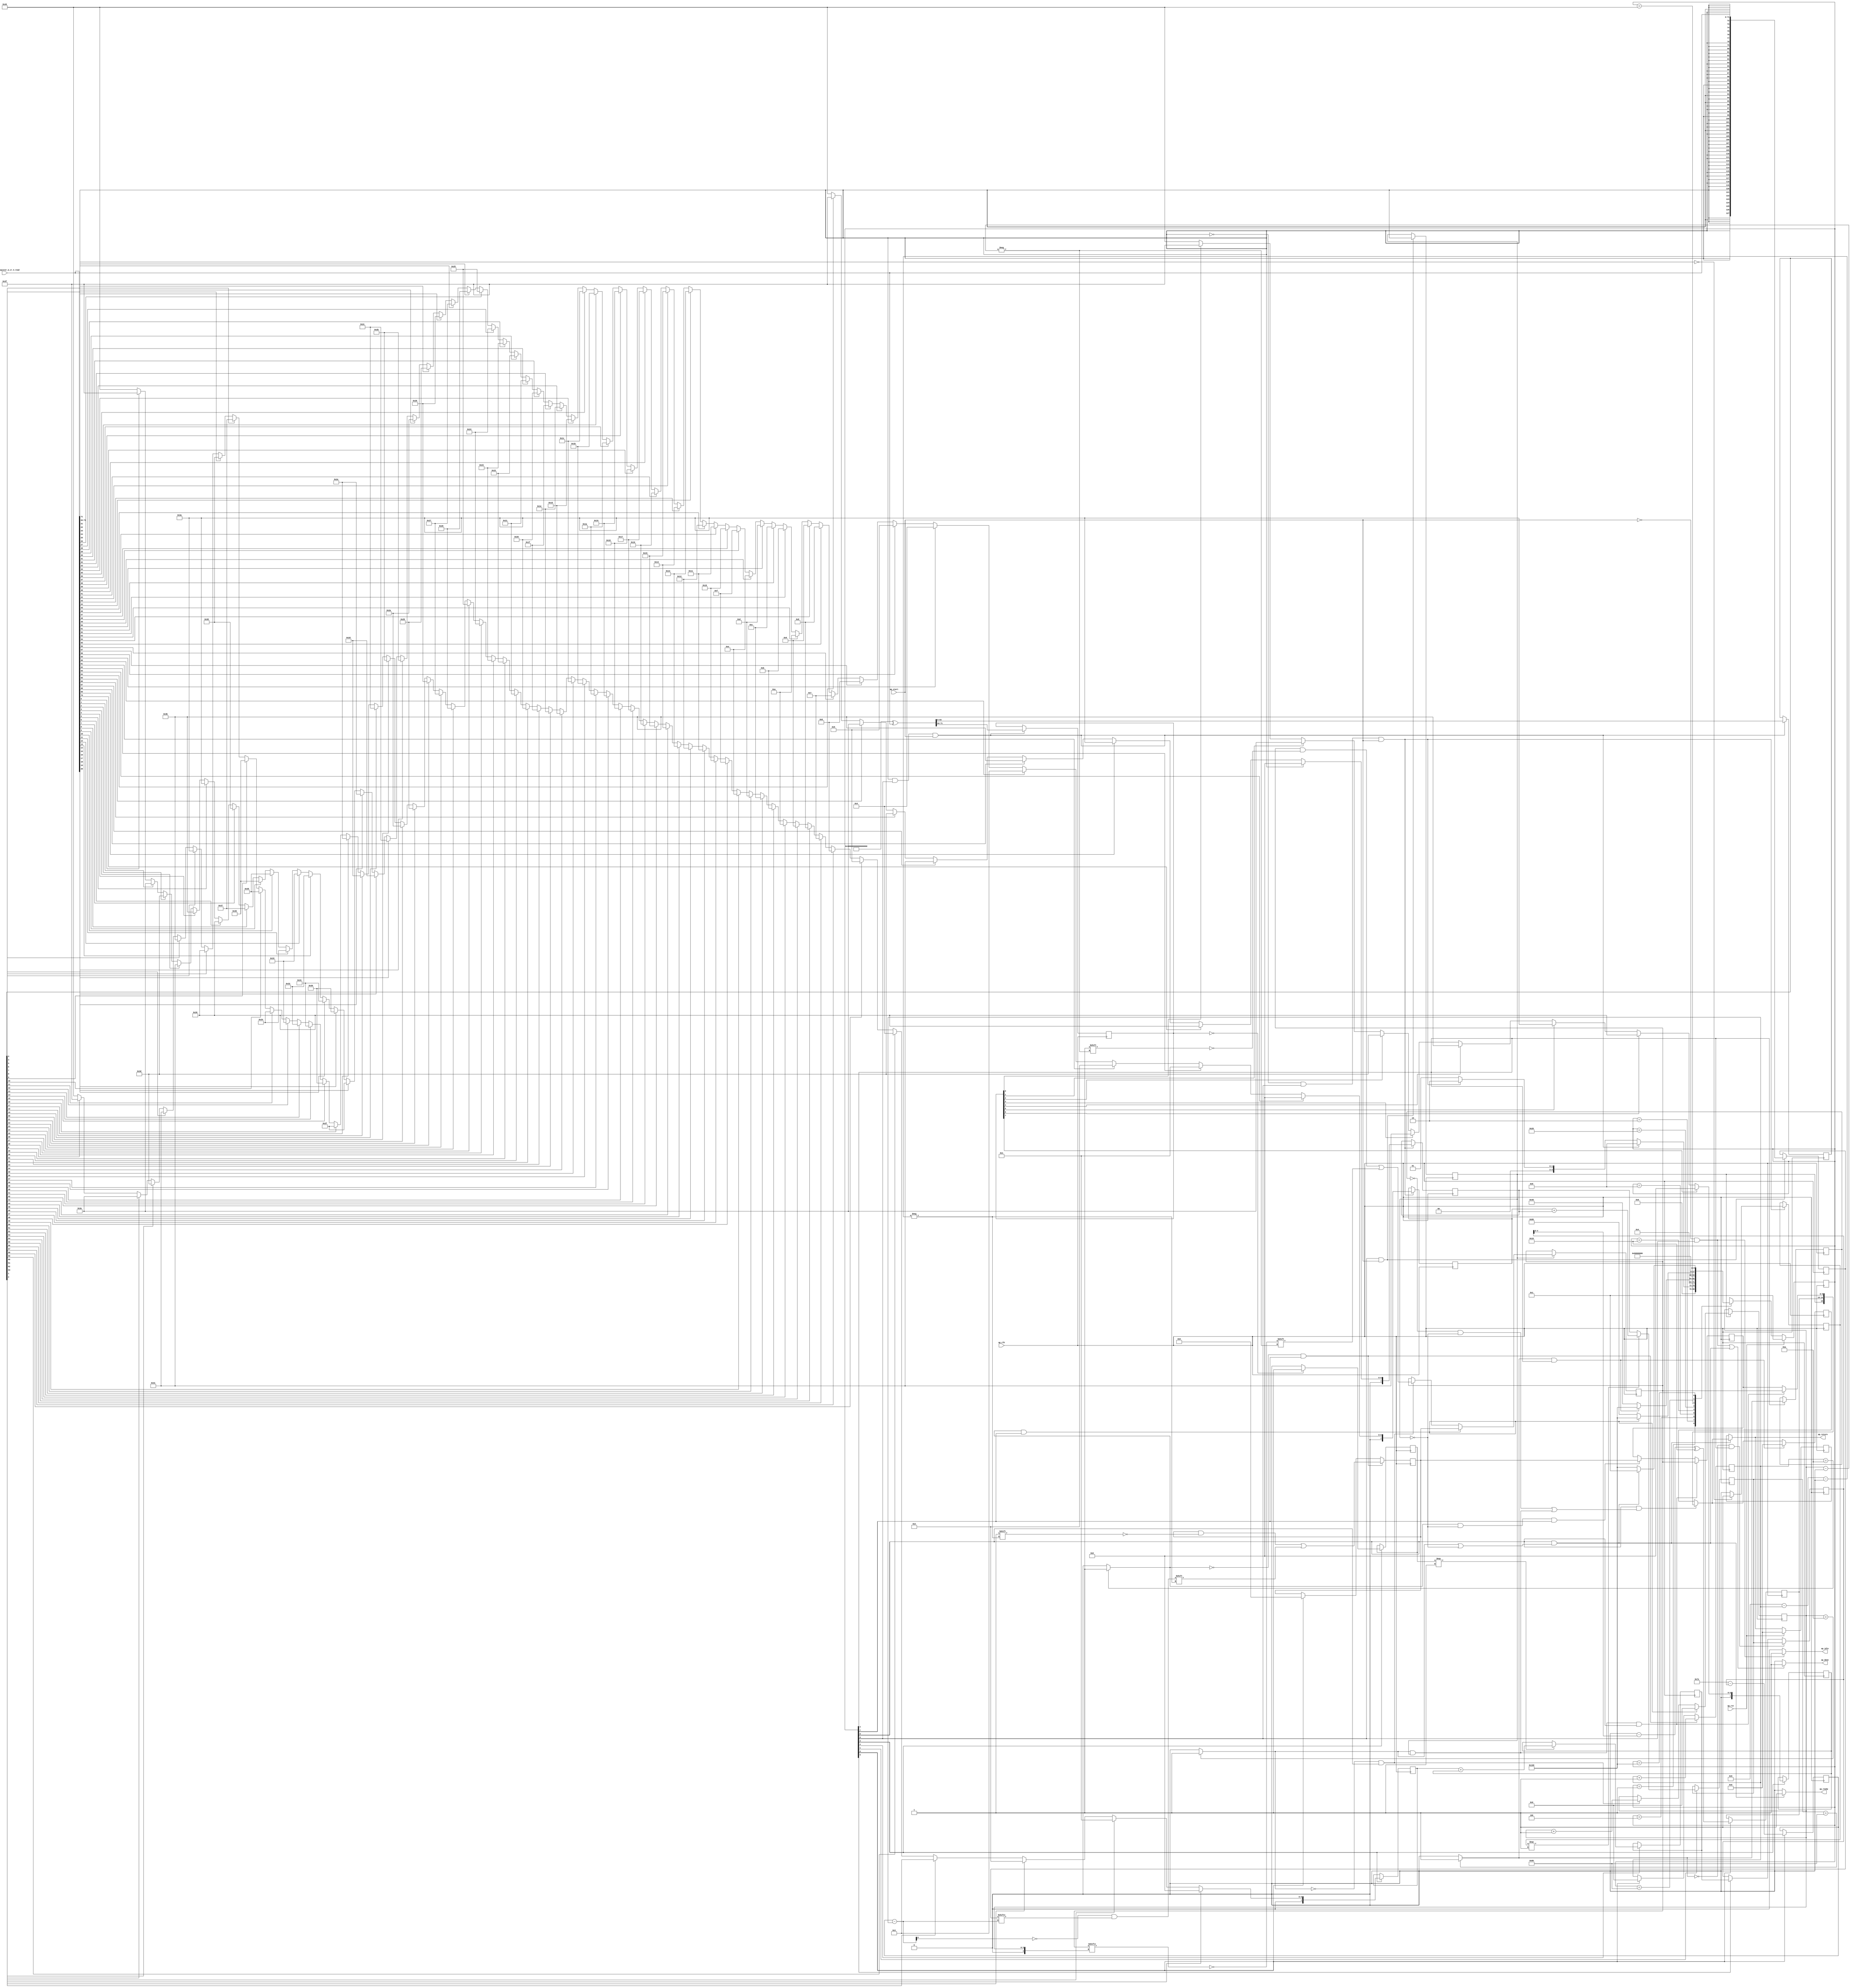
// ==============================================================
// RTL generated by Vivado(TM) HLS - High-Level Synthesis from C, C++ and SystemC
// Version: 2017.4
// Copyright (C) 1986-2017 Xilinx, Inc. All Rights Reserved.
// 
// ===========================================================

`timescale 1 ns / 1 ps 

module get_result (
        ap_clk,
        ap_rst,
        ap_start,
        ap_done,
        ap_idle,
        ap_ready,
        CompleteRegister_m_cr_V_read,
        ap_return
);

parameter    ap_ST_fsm_state1 = 9'd1;
parameter    ap_ST_fsm_state2 = 9'd2;
parameter    ap_ST_fsm_state3 = 9'd4;
parameter    ap_ST_fsm_state4 = 9'd8;
parameter    ap_ST_fsm_state5 = 9'd16;
parameter    ap_ST_fsm_state6 = 9'd32;
parameter    ap_ST_fsm_state7 = 9'd64;
parameter    ap_ST_fsm_state8 = 9'd128;
parameter    ap_ST_fsm_state9 = 9'd256;

input   ap_clk;
input   ap_rst;
input   ap_start;
output   ap_done;
output   ap_idle;
output   ap_ready;
input  [71:0] CompleteRegister_m_cr_V_read;
output  [15:0] ap_return;

reg ap_done;
reg ap_idle;
reg ap_ready;
reg[15:0] ap_return;

(* fsm_encoding = "none" *) reg   [8:0] ap_CS_fsm;
wire    ap_CS_fsm_state1;
wire  signed [127:0] CompleteRegister_m_c_fu_143_p1;
reg  signed [127:0] CompleteRegister_m_c_reg_434;
wire   [0:0] p_Repl2_4_fu_147_p3;
reg   [0:0] p_Repl2_4_reg_439;
wire   [0:0] tmp_11_fu_177_p2;
reg   [0:0] tmp_11_reg_444;
wire   [7:0] tmp_14_fu_195_p1;
reg   [7:0] tmp_14_reg_449;
wire   [7:0] tmp_15_fu_199_p1;
reg   [7:0] tmp_15_reg_454;
reg   [7:0] tmp_reg_460;
wire   [63:0] p_Result_s_7_fu_219_p1;
reg   [63:0] p_Result_s_7_reg_466;
wire   [7:0] leading_signs_V_1_fu_227_p3;
reg   [7:0] leading_signs_V_1_reg_471;
wire    ap_CS_fsm_state2;
wire   [0:0] tmp_4_fu_233_p2;
reg   [0:0] tmp_4_reg_477;
wire    ap_CS_fsm_state3;
wire   [0:0] tmp_3_fu_249_p2;
reg   [0:0] tmp_3_reg_481;
wire    ap_CS_fsm_state4;
wire   [7:0] tmp_8_fu_261_p1;
reg   [7:0] tmp_8_reg_486;
wire   [7:0] tmp_9_fu_265_p1;
reg   [7:0] tmp_9_reg_491;
wire   [7:0] leading_signs_V_fu_273_p3;
reg   [7:0] leading_signs_V_reg_497;
wire    ap_CS_fsm_state5;
wire   [4:0] exponent_V_fu_289_p2;
reg   [4:0] exponent_V_reg_502;
wire    ap_CS_fsm_state7;
wire   [8:0] addconv_fu_299_p2;
reg   [8:0] addconv_reg_507;
wire   [3:0] i_fu_315_p2;
wire    ap_CS_fsm_state8;
reg   [9:0] mantissa_V_fu_371_p4;
wire   [0:0] exitcond1_fu_309_p2;
wire   [3:0] i_1_fu_391_p2;
wire    ap_CS_fsm_state9;
reg   [9:0] p_Result_3_fu_415_p4;
wire   [0:0] exitcond_fu_385_p2;
reg   [7:0] p_s_reg_68;
wire    ap_CS_fsm_state6;
reg   [9:0] p_Val2_2_reg_77;
reg   [3:0] i_op_assign_reg_89;
reg   [9:0] p_Val2_1_reg_100;
reg   [3:0] bvh_d_index_2_reg_110;
reg   [9:0] ap_phi_mux_p_Repl2_s_phi_fu_124_p4;
reg   [9:0] p_Repl2_s_reg_121;
wire   [15:0] p_Result_4_fu_425_p4;
reg   [15:0] ap_phi_mux_agg_result_V_phi_fu_136_p4;
reg   [15:0] agg_result_V_reg_132;
wire   [7:0] tmp_7_fu_155_p4;
wire  signed [63:0] p_Result_1_fu_165_p1;
wire   [63:0] p_Result_2_fu_183_p1;
reg   [63:0] tmp_2_fu_187_p3;
reg   [63:0] tmp_10_fu_169_p3;
wire   [71:0] flipped_V_fu_203_p2;
wire   [7:0] tmp_13_fu_223_p2;
wire  signed [63:0] p_Result_s_fu_238_p1;
reg   [63:0] tmp_s_fu_254_p3;
reg   [63:0] tmp_1_fu_241_p3;
wire   [7:0] tmp_5_fu_269_p2;
wire   [4:0] tmp_16_fu_279_p1;
wire   [4:0] tmp_6_fu_283_p2;
wire   [8:0] rhs_V_cast_fu_295_p1;
wire   [8:0] i_op_assign_cast3_fu_305_p1;
wire   [8:0] r_V_fu_321_p2;
wire   [0:0] tmp_17_fu_326_p3;
wire   [3:0] bvh_d_index_fu_340_p2;
wire  signed [31:0] index_assign_1_cast_fu_350_p1;
wire   [0:0] p_Repl2_1_fu_354_p3;
wire   [0:0] rev_fu_334_p2;
wire   [0:0] tmp_18_fu_361_p2;
wire   [31:0] index_assign_cast_fu_346_p1;
wire   [63:0] tmp_18_cast_fu_367_p1;
wire   [31:0] index_assign_2_cast1_fu_381_p1;
wire   [0:0] tmp_21_fu_397_p3;
wire   [0:0] tmp_12_fu_405_p2;
wire   [63:0] p_Repl2_2_fu_411_p1;
reg   [15:0] ap_return_preg;
reg   [8:0] ap_NS_fsm;

// power-on initialization
initial begin
#0 ap_CS_fsm = 9'd1;
#0 ap_return_preg = 16'd0;
end

always @ (posedge ap_clk) begin
    if (ap_rst == 1'b1) begin
        ap_CS_fsm <= ap_ST_fsm_state1;
    end else begin
        ap_CS_fsm <= ap_NS_fsm;
    end
end

always @ (posedge ap_clk) begin
    if (ap_rst == 1'b1) begin
        ap_return_preg <= 16'd0;
    end else begin
        if (((1'b1 == ap_CS_fsm_state9) & ((exitcond_fu_385_p2 == 1'd1) | (p_Repl2_4_reg_439 == 1'd0)))) begin
            ap_return_preg <= ap_phi_mux_agg_result_V_phi_fu_136_p4;
        end
    end
end

always @ (posedge ap_clk) begin
    if (((tmp_4_fu_233_p2 == 1'd1) & (1'b1 == ap_CS_fsm_state3))) begin
        agg_result_V_reg_132 <= 16'd0;
    end else if (((1'b1 == ap_CS_fsm_state9) & (((tmp_4_reg_477 == 1'd0) & (p_Repl2_4_reg_439 == 1'd0)) | ((exitcond_fu_385_p2 == 1'd1) & (p_Repl2_4_reg_439 == 1'd1))))) begin
        agg_result_V_reg_132 <= p_Result_4_fu_425_p4;
    end
end

always @ (posedge ap_clk) begin
    if ((p_Repl2_4_reg_439 == 1'd1)) begin
        if (((exitcond1_fu_309_p2 == 1'd1) & (1'b1 == ap_CS_fsm_state8))) begin
            bvh_d_index_2_reg_110 <= 4'd0;
        end else if (((exitcond_fu_385_p2 == 1'd0) & (1'b1 == ap_CS_fsm_state9))) begin
            bvh_d_index_2_reg_110 <= i_1_fu_391_p2;
        end
    end
end

always @ (posedge ap_clk) begin
    if (((exitcond1_fu_309_p2 == 1'd0) & (1'b1 == ap_CS_fsm_state8))) begin
        i_op_assign_reg_89 <= i_fu_315_p2;
    end else if ((1'b1 == ap_CS_fsm_state7)) begin
        i_op_assign_reg_89 <= 4'd0;
    end
end

always @ (posedge ap_clk) begin
    if (((exitcond_fu_385_p2 == 1'd1) & (p_Repl2_4_reg_439 == 1'd1) & (1'b1 == ap_CS_fsm_state9))) begin
        p_Repl2_s_reg_121 <= p_Val2_1_reg_100;
    end else if (((exitcond1_fu_309_p2 == 1'd1) & (p_Repl2_4_reg_439 == 1'd0) & (1'b1 == ap_CS_fsm_state8))) begin
        p_Repl2_s_reg_121 <= p_Val2_2_reg_77;
    end
end

always @ (posedge ap_clk) begin
    if ((p_Repl2_4_reg_439 == 1'd1)) begin
        if (((exitcond1_fu_309_p2 == 1'd1) & (1'b1 == ap_CS_fsm_state8))) begin
            p_Val2_1_reg_100 <= p_Val2_2_reg_77;
        end else if (((exitcond_fu_385_p2 == 1'd0) & (1'b1 == ap_CS_fsm_state9))) begin
            p_Val2_1_reg_100 <= p_Result_3_fu_415_p4;
        end
    end
end

always @ (posedge ap_clk) begin
    if (((exitcond1_fu_309_p2 == 1'd0) & (1'b1 == ap_CS_fsm_state8))) begin
        p_Val2_2_reg_77 <= mantissa_V_fu_371_p4;
    end else if ((1'b1 == ap_CS_fsm_state7)) begin
        p_Val2_2_reg_77 <= 10'd0;
    end
end

always @ (posedge ap_clk) begin
    if (((tmp_4_fu_233_p2 == 1'd0) & (1'b1 == ap_CS_fsm_state3))) begin
        p_s_reg_68 <= leading_signs_V_1_reg_471;
    end else if ((1'b1 == ap_CS_fsm_state6)) begin
        p_s_reg_68 <= leading_signs_V_reg_497;
    end
end

always @ (posedge ap_clk) begin
    if (((1'b1 == ap_CS_fsm_state1) & (ap_start == 1'b1))) begin
        CompleteRegister_m_c_reg_434 <= CompleteRegister_m_c_fu_143_p1;
        p_Repl2_4_reg_439 <= CompleteRegister_m_cr_V_read[32'd71];
    end
end

always @ (posedge ap_clk) begin
    if ((1'b1 == ap_CS_fsm_state7)) begin
        addconv_reg_507 <= addconv_fu_299_p2;
        exponent_V_reg_502 <= exponent_V_fu_289_p2;
    end
end

always @ (posedge ap_clk) begin
    if ((1'b1 == ap_CS_fsm_state2)) begin
        leading_signs_V_1_reg_471 <= leading_signs_V_1_fu_227_p3;
    end
end

always @ (posedge ap_clk) begin
    if ((1'b1 == ap_CS_fsm_state5)) begin
        leading_signs_V_reg_497 <= leading_signs_V_fu_273_p3;
    end
end

always @ (posedge ap_clk) begin
    if (((p_Repl2_4_fu_147_p3 == 1'd1) & (1'b1 == ap_CS_fsm_state1) & (ap_start == 1'b1))) begin
        p_Result_s_7_reg_466 <= p_Result_s_7_fu_219_p1;
        tmp_reg_460 <= {{flipped_V_fu_203_p2[71:64]}};
    end
end

always @ (posedge ap_clk) begin
    if (((p_Repl2_4_fu_147_p3 == 1'd0) & (1'b1 == ap_CS_fsm_state1) & (ap_start == 1'b1))) begin
        tmp_11_reg_444 <= tmp_11_fu_177_p2;
        tmp_14_reg_449 <= tmp_14_fu_195_p1;
        tmp_15_reg_454 <= tmp_15_fu_199_p1;
    end
end

always @ (posedge ap_clk) begin
    if ((1'b1 == ap_CS_fsm_state4)) begin
        tmp_3_reg_481 <= tmp_3_fu_249_p2;
        tmp_8_reg_486 <= tmp_8_fu_261_p1;
        tmp_9_reg_491 <= tmp_9_fu_265_p1;
    end
end

always @ (posedge ap_clk) begin
    if ((1'b1 == ap_CS_fsm_state3)) begin
        tmp_4_reg_477 <= tmp_4_fu_233_p2;
    end
end

always @ (*) begin
    if ((((ap_start == 1'b0) & (1'b1 == ap_CS_fsm_state1)) | ((1'b1 == ap_CS_fsm_state9) & ((exitcond_fu_385_p2 == 1'd1) | (p_Repl2_4_reg_439 == 1'd0))))) begin
        ap_done = 1'b1;
    end else begin
        ap_done = 1'b0;
    end
end

always @ (*) begin
    if (((ap_start == 1'b0) & (1'b1 == ap_CS_fsm_state1))) begin
        ap_idle = 1'b1;
    end else begin
        ap_idle = 1'b0;
    end
end

always @ (*) begin
    if (((1'b1 == ap_CS_fsm_state9) & (((tmp_4_reg_477 == 1'd0) & (p_Repl2_4_reg_439 == 1'd0)) | ((exitcond_fu_385_p2 == 1'd1) & (p_Repl2_4_reg_439 == 1'd1))))) begin
        ap_phi_mux_agg_result_V_phi_fu_136_p4 = p_Result_4_fu_425_p4;
    end else begin
        ap_phi_mux_agg_result_V_phi_fu_136_p4 = agg_result_V_reg_132;
    end
end

always @ (*) begin
    if (((exitcond_fu_385_p2 == 1'd1) & (p_Repl2_4_reg_439 == 1'd1) & (1'b1 == ap_CS_fsm_state9))) begin
        ap_phi_mux_p_Repl2_s_phi_fu_124_p4 = p_Val2_1_reg_100;
    end else begin
        ap_phi_mux_p_Repl2_s_phi_fu_124_p4 = p_Repl2_s_reg_121;
    end
end

always @ (*) begin
    if (((1'b1 == ap_CS_fsm_state9) & ((exitcond_fu_385_p2 == 1'd1) | (p_Repl2_4_reg_439 == 1'd0)))) begin
        ap_ready = 1'b1;
    end else begin
        ap_ready = 1'b0;
    end
end

always @ (*) begin
    if (((1'b1 == ap_CS_fsm_state9) & ((exitcond_fu_385_p2 == 1'd1) | (p_Repl2_4_reg_439 == 1'd0)))) begin
        ap_return = ap_phi_mux_agg_result_V_phi_fu_136_p4;
    end else begin
        ap_return = ap_return_preg;
    end
end

always @ (*) begin
    case (ap_CS_fsm)
        ap_ST_fsm_state1 : begin
            if (((p_Repl2_4_fu_147_p3 == 1'd1) & (1'b1 == ap_CS_fsm_state1) & (ap_start == 1'b1))) begin
                ap_NS_fsm = ap_ST_fsm_state4;
            end else if (((p_Repl2_4_fu_147_p3 == 1'd0) & (1'b1 == ap_CS_fsm_state1) & (ap_start == 1'b1))) begin
                ap_NS_fsm = ap_ST_fsm_state2;
            end else begin
                ap_NS_fsm = ap_ST_fsm_state1;
            end
        end
        ap_ST_fsm_state2 : begin
            ap_NS_fsm = ap_ST_fsm_state3;
        end
        ap_ST_fsm_state3 : begin
            if (((tmp_4_fu_233_p2 == 1'd1) & (1'b1 == ap_CS_fsm_state3))) begin
                ap_NS_fsm = ap_ST_fsm_state9;
            end else begin
                ap_NS_fsm = ap_ST_fsm_state7;
            end
        end
        ap_ST_fsm_state4 : begin
            ap_NS_fsm = ap_ST_fsm_state5;
        end
        ap_ST_fsm_state5 : begin
            ap_NS_fsm = ap_ST_fsm_state6;
        end
        ap_ST_fsm_state6 : begin
            ap_NS_fsm = ap_ST_fsm_state7;
        end
        ap_ST_fsm_state7 : begin
            ap_NS_fsm = ap_ST_fsm_state8;
        end
        ap_ST_fsm_state8 : begin
            if (((exitcond1_fu_309_p2 == 1'd1) & (1'b1 == ap_CS_fsm_state8))) begin
                ap_NS_fsm = ap_ST_fsm_state9;
            end else begin
                ap_NS_fsm = ap_ST_fsm_state8;
            end
        end
        ap_ST_fsm_state9 : begin
            if (((1'b1 == ap_CS_fsm_state9) & ((exitcond_fu_385_p2 == 1'd1) | (p_Repl2_4_reg_439 == 1'd0)))) begin
                ap_NS_fsm = ap_ST_fsm_state1;
            end else begin
                ap_NS_fsm = ap_ST_fsm_state9;
            end
        end
        default : begin
            ap_NS_fsm = 'bx;
        end
    endcase
end

assign CompleteRegister_m_c_fu_143_p1 = $signed(CompleteRegister_m_cr_V_read);

assign addconv_fu_299_p2 = (9'd126 - rhs_V_cast_fu_295_p1);

assign ap_CS_fsm_state1 = ap_CS_fsm[32'd0];

assign ap_CS_fsm_state2 = ap_CS_fsm[32'd1];

assign ap_CS_fsm_state3 = ap_CS_fsm[32'd2];

assign ap_CS_fsm_state4 = ap_CS_fsm[32'd3];

assign ap_CS_fsm_state5 = ap_CS_fsm[32'd4];

assign ap_CS_fsm_state6 = ap_CS_fsm[32'd5];

assign ap_CS_fsm_state7 = ap_CS_fsm[32'd6];

assign ap_CS_fsm_state8 = ap_CS_fsm[32'd7];

assign ap_CS_fsm_state9 = ap_CS_fsm[32'd8];

assign bvh_d_index_fu_340_p2 = ($signed(4'd9) - $signed(i_op_assign_reg_89));

assign exitcond1_fu_309_p2 = ((i_op_assign_reg_89 == 4'd10) ? 1'b1 : 1'b0);

assign exitcond_fu_385_p2 = ((bvh_d_index_2_reg_110 == 4'd10) ? 1'b1 : 1'b0);

assign exponent_V_fu_289_p2 = (tmp_6_fu_283_p2 ^ 5'd16);

assign flipped_V_fu_203_p2 = (72'd4722366482869645213695 ^ CompleteRegister_m_cr_V_read);

assign i_1_fu_391_p2 = (bvh_d_index_2_reg_110 + 4'd1);

assign i_fu_315_p2 = (i_op_assign_reg_89 + 4'd1);

assign i_op_assign_cast3_fu_305_p1 = i_op_assign_reg_89;

assign index_assign_1_cast_fu_350_p1 = $signed(r_V_fu_321_p2);

assign index_assign_2_cast1_fu_381_p1 = bvh_d_index_2_reg_110;

assign index_assign_cast_fu_346_p1 = bvh_d_index_fu_340_p2;

assign leading_signs_V_1_fu_227_p3 = ((tmp_11_reg_444[0:0] === 1'b1) ? tmp_13_fu_223_p2 : tmp_15_reg_454);

assign leading_signs_V_fu_273_p3 = ((tmp_3_reg_481[0:0] === 1'b1) ? tmp_5_fu_269_p2 : tmp_9_reg_491);

always @ (*) begin
    mantissa_V_fu_371_p4 = p_Val2_2_reg_77;
    mantissa_V_fu_371_p4[index_assign_cast_fu_346_p1] = |(tmp_18_cast_fu_367_p1);
end

assign p_Repl2_1_fu_354_p3 = CompleteRegister_m_c_reg_434[index_assign_1_cast_fu_350_p1];

assign p_Repl2_2_fu_411_p1 = tmp_12_fu_405_p2;

assign p_Repl2_4_fu_147_p3 = CompleteRegister_m_cr_V_read[32'd71];

assign p_Result_1_fu_165_p1 = $signed(tmp_7_fu_155_p4);

assign p_Result_2_fu_183_p1 = CompleteRegister_m_cr_V_read[63:0];

always @ (*) begin
    p_Result_3_fu_415_p4 = p_Val2_1_reg_100;
    p_Result_3_fu_415_p4[index_assign_2_cast1_fu_381_p1] = |(p_Repl2_2_fu_411_p1);
end

assign p_Result_4_fu_425_p4 = {{{p_Repl2_4_reg_439}, {exponent_V_reg_502}}, {ap_phi_mux_p_Repl2_s_phi_fu_124_p4}};

assign p_Result_s_7_fu_219_p1 = flipped_V_fu_203_p2[63:0];

assign p_Result_s_fu_238_p1 = $signed(tmp_reg_460);

assign r_V_fu_321_p2 = (addconv_reg_507 - i_op_assign_cast3_fu_305_p1);

assign rev_fu_334_p2 = (tmp_17_fu_326_p3 ^ 1'd1);

assign rhs_V_cast_fu_295_p1 = p_s_reg_68;

always @ (p_Result_1_fu_165_p1) begin
    if (p_Result_1_fu_165_p1[63] == 1'b1) begin
        tmp_10_fu_169_p3 = 64'd0;
    end else if (p_Result_1_fu_165_p1[62] == 1'b1) begin
        tmp_10_fu_169_p3 = 64'd1;
    end else if (p_Result_1_fu_165_p1[61] == 1'b1) begin
        tmp_10_fu_169_p3 = 64'd2;
    end else if (p_Result_1_fu_165_p1[60] == 1'b1) begin
        tmp_10_fu_169_p3 = 64'd3;
    end else if (p_Result_1_fu_165_p1[59] == 1'b1) begin
        tmp_10_fu_169_p3 = 64'd4;
    end else if (p_Result_1_fu_165_p1[58] == 1'b1) begin
        tmp_10_fu_169_p3 = 64'd5;
    end else if (p_Result_1_fu_165_p1[57] == 1'b1) begin
        tmp_10_fu_169_p3 = 64'd6;
    end else if (p_Result_1_fu_165_p1[56] == 1'b1) begin
        tmp_10_fu_169_p3 = 64'd7;
    end else if (p_Result_1_fu_165_p1[55] == 1'b1) begin
        tmp_10_fu_169_p3 = 64'd8;
    end else if (p_Result_1_fu_165_p1[54] == 1'b1) begin
        tmp_10_fu_169_p3 = 64'd9;
    end else if (p_Result_1_fu_165_p1[53] == 1'b1) begin
        tmp_10_fu_169_p3 = 64'd10;
    end else if (p_Result_1_fu_165_p1[52] == 1'b1) begin
        tmp_10_fu_169_p3 = 64'd11;
    end else if (p_Result_1_fu_165_p1[51] == 1'b1) begin
        tmp_10_fu_169_p3 = 64'd12;
    end else if (p_Result_1_fu_165_p1[50] == 1'b1) begin
        tmp_10_fu_169_p3 = 64'd13;
    end else if (p_Result_1_fu_165_p1[49] == 1'b1) begin
        tmp_10_fu_169_p3 = 64'd14;
    end else if (p_Result_1_fu_165_p1[48] == 1'b1) begin
        tmp_10_fu_169_p3 = 64'd15;
    end else if (p_Result_1_fu_165_p1[47] == 1'b1) begin
        tmp_10_fu_169_p3 = 64'd16;
    end else if (p_Result_1_fu_165_p1[46] == 1'b1) begin
        tmp_10_fu_169_p3 = 64'd17;
    end else if (p_Result_1_fu_165_p1[45] == 1'b1) begin
        tmp_10_fu_169_p3 = 64'd18;
    end else if (p_Result_1_fu_165_p1[44] == 1'b1) begin
        tmp_10_fu_169_p3 = 64'd19;
    end else if (p_Result_1_fu_165_p1[43] == 1'b1) begin
        tmp_10_fu_169_p3 = 64'd20;
    end else if (p_Result_1_fu_165_p1[42] == 1'b1) begin
        tmp_10_fu_169_p3 = 64'd21;
    end else if (p_Result_1_fu_165_p1[41] == 1'b1) begin
        tmp_10_fu_169_p3 = 64'd22;
    end else if (p_Result_1_fu_165_p1[40] == 1'b1) begin
        tmp_10_fu_169_p3 = 64'd23;
    end else if (p_Result_1_fu_165_p1[39] == 1'b1) begin
        tmp_10_fu_169_p3 = 64'd24;
    end else if (p_Result_1_fu_165_p1[38] == 1'b1) begin
        tmp_10_fu_169_p3 = 64'd25;
    end else if (p_Result_1_fu_165_p1[37] == 1'b1) begin
        tmp_10_fu_169_p3 = 64'd26;
    end else if (p_Result_1_fu_165_p1[36] == 1'b1) begin
        tmp_10_fu_169_p3 = 64'd27;
    end else if (p_Result_1_fu_165_p1[35] == 1'b1) begin
        tmp_10_fu_169_p3 = 64'd28;
    end else if (p_Result_1_fu_165_p1[34] == 1'b1) begin
        tmp_10_fu_169_p3 = 64'd29;
    end else if (p_Result_1_fu_165_p1[33] == 1'b1) begin
        tmp_10_fu_169_p3 = 64'd30;
    end else if (p_Result_1_fu_165_p1[32] == 1'b1) begin
        tmp_10_fu_169_p3 = 64'd31;
    end else if (p_Result_1_fu_165_p1[31] == 1'b1) begin
        tmp_10_fu_169_p3 = 64'd32;
    end else if (p_Result_1_fu_165_p1[30] == 1'b1) begin
        tmp_10_fu_169_p3 = 64'd33;
    end else if (p_Result_1_fu_165_p1[29] == 1'b1) begin
        tmp_10_fu_169_p3 = 64'd34;
    end else if (p_Result_1_fu_165_p1[28] == 1'b1) begin
        tmp_10_fu_169_p3 = 64'd35;
    end else if (p_Result_1_fu_165_p1[27] == 1'b1) begin
        tmp_10_fu_169_p3 = 64'd36;
    end else if (p_Result_1_fu_165_p1[26] == 1'b1) begin
        tmp_10_fu_169_p3 = 64'd37;
    end else if (p_Result_1_fu_165_p1[25] == 1'b1) begin
        tmp_10_fu_169_p3 = 64'd38;
    end else if (p_Result_1_fu_165_p1[24] == 1'b1) begin
        tmp_10_fu_169_p3 = 64'd39;
    end else if (p_Result_1_fu_165_p1[23] == 1'b1) begin
        tmp_10_fu_169_p3 = 64'd40;
    end else if (p_Result_1_fu_165_p1[22] == 1'b1) begin
        tmp_10_fu_169_p3 = 64'd41;
    end else if (p_Result_1_fu_165_p1[21] == 1'b1) begin
        tmp_10_fu_169_p3 = 64'd42;
    end else if (p_Result_1_fu_165_p1[20] == 1'b1) begin
        tmp_10_fu_169_p3 = 64'd43;
    end else if (p_Result_1_fu_165_p1[19] == 1'b1) begin
        tmp_10_fu_169_p3 = 64'd44;
    end else if (p_Result_1_fu_165_p1[18] == 1'b1) begin
        tmp_10_fu_169_p3 = 64'd45;
    end else if (p_Result_1_fu_165_p1[17] == 1'b1) begin
        tmp_10_fu_169_p3 = 64'd46;
    end else if (p_Result_1_fu_165_p1[16] == 1'b1) begin
        tmp_10_fu_169_p3 = 64'd47;
    end else if (p_Result_1_fu_165_p1[15] == 1'b1) begin
        tmp_10_fu_169_p3 = 64'd48;
    end else if (p_Result_1_fu_165_p1[14] == 1'b1) begin
        tmp_10_fu_169_p3 = 64'd49;
    end else if (p_Result_1_fu_165_p1[13] == 1'b1) begin
        tmp_10_fu_169_p3 = 64'd50;
    end else if (p_Result_1_fu_165_p1[12] == 1'b1) begin
        tmp_10_fu_169_p3 = 64'd51;
    end else if (p_Result_1_fu_165_p1[11] == 1'b1) begin
        tmp_10_fu_169_p3 = 64'd52;
    end else if (p_Result_1_fu_165_p1[10] == 1'b1) begin
        tmp_10_fu_169_p3 = 64'd53;
    end else if (p_Result_1_fu_165_p1[9] == 1'b1) begin
        tmp_10_fu_169_p3 = 64'd54;
    end else if (p_Result_1_fu_165_p1[8] == 1'b1) begin
        tmp_10_fu_169_p3 = 64'd55;
    end else if (p_Result_1_fu_165_p1[7] == 1'b1) begin
        tmp_10_fu_169_p3 = 64'd56;
    end else if (p_Result_1_fu_165_p1[6] == 1'b1) begin
        tmp_10_fu_169_p3 = 64'd57;
    end else if (p_Result_1_fu_165_p1[5] == 1'b1) begin
        tmp_10_fu_169_p3 = 64'd58;
    end else if (p_Result_1_fu_165_p1[4] == 1'b1) begin
        tmp_10_fu_169_p3 = 64'd59;
    end else if (p_Result_1_fu_165_p1[3] == 1'b1) begin
        tmp_10_fu_169_p3 = 64'd60;
    end else if (p_Result_1_fu_165_p1[2] == 1'b1) begin
        tmp_10_fu_169_p3 = 64'd61;
    end else if (p_Result_1_fu_165_p1[1] == 1'b1) begin
        tmp_10_fu_169_p3 = 64'd62;
    end else if (p_Result_1_fu_165_p1[0] == 1'b1) begin
        tmp_10_fu_169_p3 = 64'd63;
    end else begin
        tmp_10_fu_169_p3 = 64'd64;
    end
end

assign tmp_11_fu_177_p2 = ((tmp_7_fu_155_p4 == 8'd0) ? 1'b1 : 1'b0);

assign tmp_12_fu_405_p2 = (tmp_21_fu_397_p3 ^ 1'd1);

assign tmp_13_fu_223_p2 = (tmp_14_reg_449 + tmp_15_reg_454);

assign tmp_14_fu_195_p1 = tmp_2_fu_187_p3[7:0];

assign tmp_15_fu_199_p1 = tmp_10_fu_169_p3[7:0];

assign tmp_16_fu_279_p1 = p_s_reg_68[4:0];

assign tmp_17_fu_326_p3 = r_V_fu_321_p2[32'd8];

assign tmp_18_cast_fu_367_p1 = tmp_18_fu_361_p2;

assign tmp_18_fu_361_p2 = (rev_fu_334_p2 & p_Repl2_1_fu_354_p3);

always @ (p_Result_s_fu_238_p1) begin
    if (p_Result_s_fu_238_p1[63] == 1'b1) begin
        tmp_1_fu_241_p3 = 64'd0;
    end else if (p_Result_s_fu_238_p1[62] == 1'b1) begin
        tmp_1_fu_241_p3 = 64'd1;
    end else if (p_Result_s_fu_238_p1[61] == 1'b1) begin
        tmp_1_fu_241_p3 = 64'd2;
    end else if (p_Result_s_fu_238_p1[60] == 1'b1) begin
        tmp_1_fu_241_p3 = 64'd3;
    end else if (p_Result_s_fu_238_p1[59] == 1'b1) begin
        tmp_1_fu_241_p3 = 64'd4;
    end else if (p_Result_s_fu_238_p1[58] == 1'b1) begin
        tmp_1_fu_241_p3 = 64'd5;
    end else if (p_Result_s_fu_238_p1[57] == 1'b1) begin
        tmp_1_fu_241_p3 = 64'd6;
    end else if (p_Result_s_fu_238_p1[56] == 1'b1) begin
        tmp_1_fu_241_p3 = 64'd7;
    end else if (p_Result_s_fu_238_p1[55] == 1'b1) begin
        tmp_1_fu_241_p3 = 64'd8;
    end else if (p_Result_s_fu_238_p1[54] == 1'b1) begin
        tmp_1_fu_241_p3 = 64'd9;
    end else if (p_Result_s_fu_238_p1[53] == 1'b1) begin
        tmp_1_fu_241_p3 = 64'd10;
    end else if (p_Result_s_fu_238_p1[52] == 1'b1) begin
        tmp_1_fu_241_p3 = 64'd11;
    end else if (p_Result_s_fu_238_p1[51] == 1'b1) begin
        tmp_1_fu_241_p3 = 64'd12;
    end else if (p_Result_s_fu_238_p1[50] == 1'b1) begin
        tmp_1_fu_241_p3 = 64'd13;
    end else if (p_Result_s_fu_238_p1[49] == 1'b1) begin
        tmp_1_fu_241_p3 = 64'd14;
    end else if (p_Result_s_fu_238_p1[48] == 1'b1) begin
        tmp_1_fu_241_p3 = 64'd15;
    end else if (p_Result_s_fu_238_p1[47] == 1'b1) begin
        tmp_1_fu_241_p3 = 64'd16;
    end else if (p_Result_s_fu_238_p1[46] == 1'b1) begin
        tmp_1_fu_241_p3 = 64'd17;
    end else if (p_Result_s_fu_238_p1[45] == 1'b1) begin
        tmp_1_fu_241_p3 = 64'd18;
    end else if (p_Result_s_fu_238_p1[44] == 1'b1) begin
        tmp_1_fu_241_p3 = 64'd19;
    end else if (p_Result_s_fu_238_p1[43] == 1'b1) begin
        tmp_1_fu_241_p3 = 64'd20;
    end else if (p_Result_s_fu_238_p1[42] == 1'b1) begin
        tmp_1_fu_241_p3 = 64'd21;
    end else if (p_Result_s_fu_238_p1[41] == 1'b1) begin
        tmp_1_fu_241_p3 = 64'd22;
    end else if (p_Result_s_fu_238_p1[40] == 1'b1) begin
        tmp_1_fu_241_p3 = 64'd23;
    end else if (p_Result_s_fu_238_p1[39] == 1'b1) begin
        tmp_1_fu_241_p3 = 64'd24;
    end else if (p_Result_s_fu_238_p1[38] == 1'b1) begin
        tmp_1_fu_241_p3 = 64'd25;
    end else if (p_Result_s_fu_238_p1[37] == 1'b1) begin
        tmp_1_fu_241_p3 = 64'd26;
    end else if (p_Result_s_fu_238_p1[36] == 1'b1) begin
        tmp_1_fu_241_p3 = 64'd27;
    end else if (p_Result_s_fu_238_p1[35] == 1'b1) begin
        tmp_1_fu_241_p3 = 64'd28;
    end else if (p_Result_s_fu_238_p1[34] == 1'b1) begin
        tmp_1_fu_241_p3 = 64'd29;
    end else if (p_Result_s_fu_238_p1[33] == 1'b1) begin
        tmp_1_fu_241_p3 = 64'd30;
    end else if (p_Result_s_fu_238_p1[32] == 1'b1) begin
        tmp_1_fu_241_p3 = 64'd31;
    end else if (p_Result_s_fu_238_p1[31] == 1'b1) begin
        tmp_1_fu_241_p3 = 64'd32;
    end else if (p_Result_s_fu_238_p1[30] == 1'b1) begin
        tmp_1_fu_241_p3 = 64'd33;
    end else if (p_Result_s_fu_238_p1[29] == 1'b1) begin
        tmp_1_fu_241_p3 = 64'd34;
    end else if (p_Result_s_fu_238_p1[28] == 1'b1) begin
        tmp_1_fu_241_p3 = 64'd35;
    end else if (p_Result_s_fu_238_p1[27] == 1'b1) begin
        tmp_1_fu_241_p3 = 64'd36;
    end else if (p_Result_s_fu_238_p1[26] == 1'b1) begin
        tmp_1_fu_241_p3 = 64'd37;
    end else if (p_Result_s_fu_238_p1[25] == 1'b1) begin
        tmp_1_fu_241_p3 = 64'd38;
    end else if (p_Result_s_fu_238_p1[24] == 1'b1) begin
        tmp_1_fu_241_p3 = 64'd39;
    end else if (p_Result_s_fu_238_p1[23] == 1'b1) begin
        tmp_1_fu_241_p3 = 64'd40;
    end else if (p_Result_s_fu_238_p1[22] == 1'b1) begin
        tmp_1_fu_241_p3 = 64'd41;
    end else if (p_Result_s_fu_238_p1[21] == 1'b1) begin
        tmp_1_fu_241_p3 = 64'd42;
    end else if (p_Result_s_fu_238_p1[20] == 1'b1) begin
        tmp_1_fu_241_p3 = 64'd43;
    end else if (p_Result_s_fu_238_p1[19] == 1'b1) begin
        tmp_1_fu_241_p3 = 64'd44;
    end else if (p_Result_s_fu_238_p1[18] == 1'b1) begin
        tmp_1_fu_241_p3 = 64'd45;
    end else if (p_Result_s_fu_238_p1[17] == 1'b1) begin
        tmp_1_fu_241_p3 = 64'd46;
    end else if (p_Result_s_fu_238_p1[16] == 1'b1) begin
        tmp_1_fu_241_p3 = 64'd47;
    end else if (p_Result_s_fu_238_p1[15] == 1'b1) begin
        tmp_1_fu_241_p3 = 64'd48;
    end else if (p_Result_s_fu_238_p1[14] == 1'b1) begin
        tmp_1_fu_241_p3 = 64'd49;
    end else if (p_Result_s_fu_238_p1[13] == 1'b1) begin
        tmp_1_fu_241_p3 = 64'd50;
    end else if (p_Result_s_fu_238_p1[12] == 1'b1) begin
        tmp_1_fu_241_p3 = 64'd51;
    end else if (p_Result_s_fu_238_p1[11] == 1'b1) begin
        tmp_1_fu_241_p3 = 64'd52;
    end else if (p_Result_s_fu_238_p1[10] == 1'b1) begin
        tmp_1_fu_241_p3 = 64'd53;
    end else if (p_Result_s_fu_238_p1[9] == 1'b1) begin
        tmp_1_fu_241_p3 = 64'd54;
    end else if (p_Result_s_fu_238_p1[8] == 1'b1) begin
        tmp_1_fu_241_p3 = 64'd55;
    end else if (p_Result_s_fu_238_p1[7] == 1'b1) begin
        tmp_1_fu_241_p3 = 64'd56;
    end else if (p_Result_s_fu_238_p1[6] == 1'b1) begin
        tmp_1_fu_241_p3 = 64'd57;
    end else if (p_Result_s_fu_238_p1[5] == 1'b1) begin
        tmp_1_fu_241_p3 = 64'd58;
    end else if (p_Result_s_fu_238_p1[4] == 1'b1) begin
        tmp_1_fu_241_p3 = 64'd59;
    end else if (p_Result_s_fu_238_p1[3] == 1'b1) begin
        tmp_1_fu_241_p3 = 64'd60;
    end else if (p_Result_s_fu_238_p1[2] == 1'b1) begin
        tmp_1_fu_241_p3 = 64'd61;
    end else if (p_Result_s_fu_238_p1[1] == 1'b1) begin
        tmp_1_fu_241_p3 = 64'd62;
    end else if (p_Result_s_fu_238_p1[0] == 1'b1) begin
        tmp_1_fu_241_p3 = 64'd63;
    end else begin
        tmp_1_fu_241_p3 = 64'd64;
    end
end

assign tmp_21_fu_397_p3 = p_Val2_1_reg_100[index_assign_2_cast1_fu_381_p1];

always @ (p_Result_2_fu_183_p1) begin
    if (p_Result_2_fu_183_p1[63] == 1'b1) begin
        tmp_2_fu_187_p3 = 64'd0;
    end else if (p_Result_2_fu_183_p1[62] == 1'b1) begin
        tmp_2_fu_187_p3 = 64'd1;
    end else if (p_Result_2_fu_183_p1[61] == 1'b1) begin
        tmp_2_fu_187_p3 = 64'd2;
    end else if (p_Result_2_fu_183_p1[60] == 1'b1) begin
        tmp_2_fu_187_p3 = 64'd3;
    end else if (p_Result_2_fu_183_p1[59] == 1'b1) begin
        tmp_2_fu_187_p3 = 64'd4;
    end else if (p_Result_2_fu_183_p1[58] == 1'b1) begin
        tmp_2_fu_187_p3 = 64'd5;
    end else if (p_Result_2_fu_183_p1[57] == 1'b1) begin
        tmp_2_fu_187_p3 = 64'd6;
    end else if (p_Result_2_fu_183_p1[56] == 1'b1) begin
        tmp_2_fu_187_p3 = 64'd7;
    end else if (p_Result_2_fu_183_p1[55] == 1'b1) begin
        tmp_2_fu_187_p3 = 64'd8;
    end else if (p_Result_2_fu_183_p1[54] == 1'b1) begin
        tmp_2_fu_187_p3 = 64'd9;
    end else if (p_Result_2_fu_183_p1[53] == 1'b1) begin
        tmp_2_fu_187_p3 = 64'd10;
    end else if (p_Result_2_fu_183_p1[52] == 1'b1) begin
        tmp_2_fu_187_p3 = 64'd11;
    end else if (p_Result_2_fu_183_p1[51] == 1'b1) begin
        tmp_2_fu_187_p3 = 64'd12;
    end else if (p_Result_2_fu_183_p1[50] == 1'b1) begin
        tmp_2_fu_187_p3 = 64'd13;
    end else if (p_Result_2_fu_183_p1[49] == 1'b1) begin
        tmp_2_fu_187_p3 = 64'd14;
    end else if (p_Result_2_fu_183_p1[48] == 1'b1) begin
        tmp_2_fu_187_p3 = 64'd15;
    end else if (p_Result_2_fu_183_p1[47] == 1'b1) begin
        tmp_2_fu_187_p3 = 64'd16;
    end else if (p_Result_2_fu_183_p1[46] == 1'b1) begin
        tmp_2_fu_187_p3 = 64'd17;
    end else if (p_Result_2_fu_183_p1[45] == 1'b1) begin
        tmp_2_fu_187_p3 = 64'd18;
    end else if (p_Result_2_fu_183_p1[44] == 1'b1) begin
        tmp_2_fu_187_p3 = 64'd19;
    end else if (p_Result_2_fu_183_p1[43] == 1'b1) begin
        tmp_2_fu_187_p3 = 64'd20;
    end else if (p_Result_2_fu_183_p1[42] == 1'b1) begin
        tmp_2_fu_187_p3 = 64'd21;
    end else if (p_Result_2_fu_183_p1[41] == 1'b1) begin
        tmp_2_fu_187_p3 = 64'd22;
    end else if (p_Result_2_fu_183_p1[40] == 1'b1) begin
        tmp_2_fu_187_p3 = 64'd23;
    end else if (p_Result_2_fu_183_p1[39] == 1'b1) begin
        tmp_2_fu_187_p3 = 64'd24;
    end else if (p_Result_2_fu_183_p1[38] == 1'b1) begin
        tmp_2_fu_187_p3 = 64'd25;
    end else if (p_Result_2_fu_183_p1[37] == 1'b1) begin
        tmp_2_fu_187_p3 = 64'd26;
    end else if (p_Result_2_fu_183_p1[36] == 1'b1) begin
        tmp_2_fu_187_p3 = 64'd27;
    end else if (p_Result_2_fu_183_p1[35] == 1'b1) begin
        tmp_2_fu_187_p3 = 64'd28;
    end else if (p_Result_2_fu_183_p1[34] == 1'b1) begin
        tmp_2_fu_187_p3 = 64'd29;
    end else if (p_Result_2_fu_183_p1[33] == 1'b1) begin
        tmp_2_fu_187_p3 = 64'd30;
    end else if (p_Result_2_fu_183_p1[32] == 1'b1) begin
        tmp_2_fu_187_p3 = 64'd31;
    end else if (p_Result_2_fu_183_p1[31] == 1'b1) begin
        tmp_2_fu_187_p3 = 64'd32;
    end else if (p_Result_2_fu_183_p1[30] == 1'b1) begin
        tmp_2_fu_187_p3 = 64'd33;
    end else if (p_Result_2_fu_183_p1[29] == 1'b1) begin
        tmp_2_fu_187_p3 = 64'd34;
    end else if (p_Result_2_fu_183_p1[28] == 1'b1) begin
        tmp_2_fu_187_p3 = 64'd35;
    end else if (p_Result_2_fu_183_p1[27] == 1'b1) begin
        tmp_2_fu_187_p3 = 64'd36;
    end else if (p_Result_2_fu_183_p1[26] == 1'b1) begin
        tmp_2_fu_187_p3 = 64'd37;
    end else if (p_Result_2_fu_183_p1[25] == 1'b1) begin
        tmp_2_fu_187_p3 = 64'd38;
    end else if (p_Result_2_fu_183_p1[24] == 1'b1) begin
        tmp_2_fu_187_p3 = 64'd39;
    end else if (p_Result_2_fu_183_p1[23] == 1'b1) begin
        tmp_2_fu_187_p3 = 64'd40;
    end else if (p_Result_2_fu_183_p1[22] == 1'b1) begin
        tmp_2_fu_187_p3 = 64'd41;
    end else if (p_Result_2_fu_183_p1[21] == 1'b1) begin
        tmp_2_fu_187_p3 = 64'd42;
    end else if (p_Result_2_fu_183_p1[20] == 1'b1) begin
        tmp_2_fu_187_p3 = 64'd43;
    end else if (p_Result_2_fu_183_p1[19] == 1'b1) begin
        tmp_2_fu_187_p3 = 64'd44;
    end else if (p_Result_2_fu_183_p1[18] == 1'b1) begin
        tmp_2_fu_187_p3 = 64'd45;
    end else if (p_Result_2_fu_183_p1[17] == 1'b1) begin
        tmp_2_fu_187_p3 = 64'd46;
    end else if (p_Result_2_fu_183_p1[16] == 1'b1) begin
        tmp_2_fu_187_p3 = 64'd47;
    end else if (p_Result_2_fu_183_p1[15] == 1'b1) begin
        tmp_2_fu_187_p3 = 64'd48;
    end else if (p_Result_2_fu_183_p1[14] == 1'b1) begin
        tmp_2_fu_187_p3 = 64'd49;
    end else if (p_Result_2_fu_183_p1[13] == 1'b1) begin
        tmp_2_fu_187_p3 = 64'd50;
    end else if (p_Result_2_fu_183_p1[12] == 1'b1) begin
        tmp_2_fu_187_p3 = 64'd51;
    end else if (p_Result_2_fu_183_p1[11] == 1'b1) begin
        tmp_2_fu_187_p3 = 64'd52;
    end else if (p_Result_2_fu_183_p1[10] == 1'b1) begin
        tmp_2_fu_187_p3 = 64'd53;
    end else if (p_Result_2_fu_183_p1[9] == 1'b1) begin
        tmp_2_fu_187_p3 = 64'd54;
    end else if (p_Result_2_fu_183_p1[8] == 1'b1) begin
        tmp_2_fu_187_p3 = 64'd55;
    end else if (p_Result_2_fu_183_p1[7] == 1'b1) begin
        tmp_2_fu_187_p3 = 64'd56;
    end else if (p_Result_2_fu_183_p1[6] == 1'b1) begin
        tmp_2_fu_187_p3 = 64'd57;
    end else if (p_Result_2_fu_183_p1[5] == 1'b1) begin
        tmp_2_fu_187_p3 = 64'd58;
    end else if (p_Result_2_fu_183_p1[4] == 1'b1) begin
        tmp_2_fu_187_p3 = 64'd59;
    end else if (p_Result_2_fu_183_p1[3] == 1'b1) begin
        tmp_2_fu_187_p3 = 64'd60;
    end else if (p_Result_2_fu_183_p1[2] == 1'b1) begin
        tmp_2_fu_187_p3 = 64'd61;
    end else if (p_Result_2_fu_183_p1[1] == 1'b1) begin
        tmp_2_fu_187_p3 = 64'd62;
    end else if (p_Result_2_fu_183_p1[0] == 1'b1) begin
        tmp_2_fu_187_p3 = 64'd63;
    end else begin
        tmp_2_fu_187_p3 = 64'd64;
    end
end

assign tmp_3_fu_249_p2 = ((tmp_reg_460 == 8'd0) ? 1'b1 : 1'b0);

assign tmp_4_fu_233_p2 = ((leading_signs_V_1_reg_471 == 8'd128) ? 1'b1 : 1'b0);

assign tmp_5_fu_269_p2 = (tmp_8_reg_486 + tmp_9_reg_491);

assign tmp_6_fu_283_p2 = (5'd0 - tmp_16_fu_279_p1);

assign tmp_7_fu_155_p4 = {{CompleteRegister_m_cr_V_read[71:64]}};

assign tmp_8_fu_261_p1 = tmp_s_fu_254_p3[7:0];

assign tmp_9_fu_265_p1 = tmp_1_fu_241_p3[7:0];

always @ (p_Result_s_7_reg_466) begin
    if (p_Result_s_7_reg_466[63] == 1'b1) begin
        tmp_s_fu_254_p3 = 64'd0;
    end else if (p_Result_s_7_reg_466[62] == 1'b1) begin
        tmp_s_fu_254_p3 = 64'd1;
    end else if (p_Result_s_7_reg_466[61] == 1'b1) begin
        tmp_s_fu_254_p3 = 64'd2;
    end else if (p_Result_s_7_reg_466[60] == 1'b1) begin
        tmp_s_fu_254_p3 = 64'd3;
    end else if (p_Result_s_7_reg_466[59] == 1'b1) begin
        tmp_s_fu_254_p3 = 64'd4;
    end else if (p_Result_s_7_reg_466[58] == 1'b1) begin
        tmp_s_fu_254_p3 = 64'd5;
    end else if (p_Result_s_7_reg_466[57] == 1'b1) begin
        tmp_s_fu_254_p3 = 64'd6;
    end else if (p_Result_s_7_reg_466[56] == 1'b1) begin
        tmp_s_fu_254_p3 = 64'd7;
    end else if (p_Result_s_7_reg_466[55] == 1'b1) begin
        tmp_s_fu_254_p3 = 64'd8;
    end else if (p_Result_s_7_reg_466[54] == 1'b1) begin
        tmp_s_fu_254_p3 = 64'd9;
    end else if (p_Result_s_7_reg_466[53] == 1'b1) begin
        tmp_s_fu_254_p3 = 64'd10;
    end else if (p_Result_s_7_reg_466[52] == 1'b1) begin
        tmp_s_fu_254_p3 = 64'd11;
    end else if (p_Result_s_7_reg_466[51] == 1'b1) begin
        tmp_s_fu_254_p3 = 64'd12;
    end else if (p_Result_s_7_reg_466[50] == 1'b1) begin
        tmp_s_fu_254_p3 = 64'd13;
    end else if (p_Result_s_7_reg_466[49] == 1'b1) begin
        tmp_s_fu_254_p3 = 64'd14;
    end else if (p_Result_s_7_reg_466[48] == 1'b1) begin
        tmp_s_fu_254_p3 = 64'd15;
    end else if (p_Result_s_7_reg_466[47] == 1'b1) begin
        tmp_s_fu_254_p3 = 64'd16;
    end else if (p_Result_s_7_reg_466[46] == 1'b1) begin
        tmp_s_fu_254_p3 = 64'd17;
    end else if (p_Result_s_7_reg_466[45] == 1'b1) begin
        tmp_s_fu_254_p3 = 64'd18;
    end else if (p_Result_s_7_reg_466[44] == 1'b1) begin
        tmp_s_fu_254_p3 = 64'd19;
    end else if (p_Result_s_7_reg_466[43] == 1'b1) begin
        tmp_s_fu_254_p3 = 64'd20;
    end else if (p_Result_s_7_reg_466[42] == 1'b1) begin
        tmp_s_fu_254_p3 = 64'd21;
    end else if (p_Result_s_7_reg_466[41] == 1'b1) begin
        tmp_s_fu_254_p3 = 64'd22;
    end else if (p_Result_s_7_reg_466[40] == 1'b1) begin
        tmp_s_fu_254_p3 = 64'd23;
    end else if (p_Result_s_7_reg_466[39] == 1'b1) begin
        tmp_s_fu_254_p3 = 64'd24;
    end else if (p_Result_s_7_reg_466[38] == 1'b1) begin
        tmp_s_fu_254_p3 = 64'd25;
    end else if (p_Result_s_7_reg_466[37] == 1'b1) begin
        tmp_s_fu_254_p3 = 64'd26;
    end else if (p_Result_s_7_reg_466[36] == 1'b1) begin
        tmp_s_fu_254_p3 = 64'd27;
    end else if (p_Result_s_7_reg_466[35] == 1'b1) begin
        tmp_s_fu_254_p3 = 64'd28;
    end else if (p_Result_s_7_reg_466[34] == 1'b1) begin
        tmp_s_fu_254_p3 = 64'd29;
    end else if (p_Result_s_7_reg_466[33] == 1'b1) begin
        tmp_s_fu_254_p3 = 64'd30;
    end else if (p_Result_s_7_reg_466[32] == 1'b1) begin
        tmp_s_fu_254_p3 = 64'd31;
    end else if (p_Result_s_7_reg_466[31] == 1'b1) begin
        tmp_s_fu_254_p3 = 64'd32;
    end else if (p_Result_s_7_reg_466[30] == 1'b1) begin
        tmp_s_fu_254_p3 = 64'd33;
    end else if (p_Result_s_7_reg_466[29] == 1'b1) begin
        tmp_s_fu_254_p3 = 64'd34;
    end else if (p_Result_s_7_reg_466[28] == 1'b1) begin
        tmp_s_fu_254_p3 = 64'd35;
    end else if (p_Result_s_7_reg_466[27] == 1'b1) begin
        tmp_s_fu_254_p3 = 64'd36;
    end else if (p_Result_s_7_reg_466[26] == 1'b1) begin
        tmp_s_fu_254_p3 = 64'd37;
    end else if (p_Result_s_7_reg_466[25] == 1'b1) begin
        tmp_s_fu_254_p3 = 64'd38;
    end else if (p_Result_s_7_reg_466[24] == 1'b1) begin
        tmp_s_fu_254_p3 = 64'd39;
    end else if (p_Result_s_7_reg_466[23] == 1'b1) begin
        tmp_s_fu_254_p3 = 64'd40;
    end else if (p_Result_s_7_reg_466[22] == 1'b1) begin
        tmp_s_fu_254_p3 = 64'd41;
    end else if (p_Result_s_7_reg_466[21] == 1'b1) begin
        tmp_s_fu_254_p3 = 64'd42;
    end else if (p_Result_s_7_reg_466[20] == 1'b1) begin
        tmp_s_fu_254_p3 = 64'd43;
    end else if (p_Result_s_7_reg_466[19] == 1'b1) begin
        tmp_s_fu_254_p3 = 64'd44;
    end else if (p_Result_s_7_reg_466[18] == 1'b1) begin
        tmp_s_fu_254_p3 = 64'd45;
    end else if (p_Result_s_7_reg_466[17] == 1'b1) begin
        tmp_s_fu_254_p3 = 64'd46;
    end else if (p_Result_s_7_reg_466[16] == 1'b1) begin
        tmp_s_fu_254_p3 = 64'd47;
    end else if (p_Result_s_7_reg_466[15] == 1'b1) begin
        tmp_s_fu_254_p3 = 64'd48;
    end else if (p_Result_s_7_reg_466[14] == 1'b1) begin
        tmp_s_fu_254_p3 = 64'd49;
    end else if (p_Result_s_7_reg_466[13] == 1'b1) begin
        tmp_s_fu_254_p3 = 64'd50;
    end else if (p_Result_s_7_reg_466[12] == 1'b1) begin
        tmp_s_fu_254_p3 = 64'd51;
    end else if (p_Result_s_7_reg_466[11] == 1'b1) begin
        tmp_s_fu_254_p3 = 64'd52;
    end else if (p_Result_s_7_reg_466[10] == 1'b1) begin
        tmp_s_fu_254_p3 = 64'd53;
    end else if (p_Result_s_7_reg_466[9] == 1'b1) begin
        tmp_s_fu_254_p3 = 64'd54;
    end else if (p_Result_s_7_reg_466[8] == 1'b1) begin
        tmp_s_fu_254_p3 = 64'd55;
    end else if (p_Result_s_7_reg_466[7] == 1'b1) begin
        tmp_s_fu_254_p3 = 64'd56;
    end else if (p_Result_s_7_reg_466[6] == 1'b1) begin
        tmp_s_fu_254_p3 = 64'd57;
    end else if (p_Result_s_7_reg_466[5] == 1'b1) begin
        tmp_s_fu_254_p3 = 64'd58;
    end else if (p_Result_s_7_reg_466[4] == 1'b1) begin
        tmp_s_fu_254_p3 = 64'd59;
    end else if (p_Result_s_7_reg_466[3] == 1'b1) begin
        tmp_s_fu_254_p3 = 64'd60;
    end else if (p_Result_s_7_reg_466[2] == 1'b1) begin
        tmp_s_fu_254_p3 = 64'd61;
    end else if (p_Result_s_7_reg_466[1] == 1'b1) begin
        tmp_s_fu_254_p3 = 64'd62;
    end else if (p_Result_s_7_reg_466[0] == 1'b1) begin
        tmp_s_fu_254_p3 = 64'd63;
    end else begin
        tmp_s_fu_254_p3 = 64'd64;
    end
end

endmodule //get_result